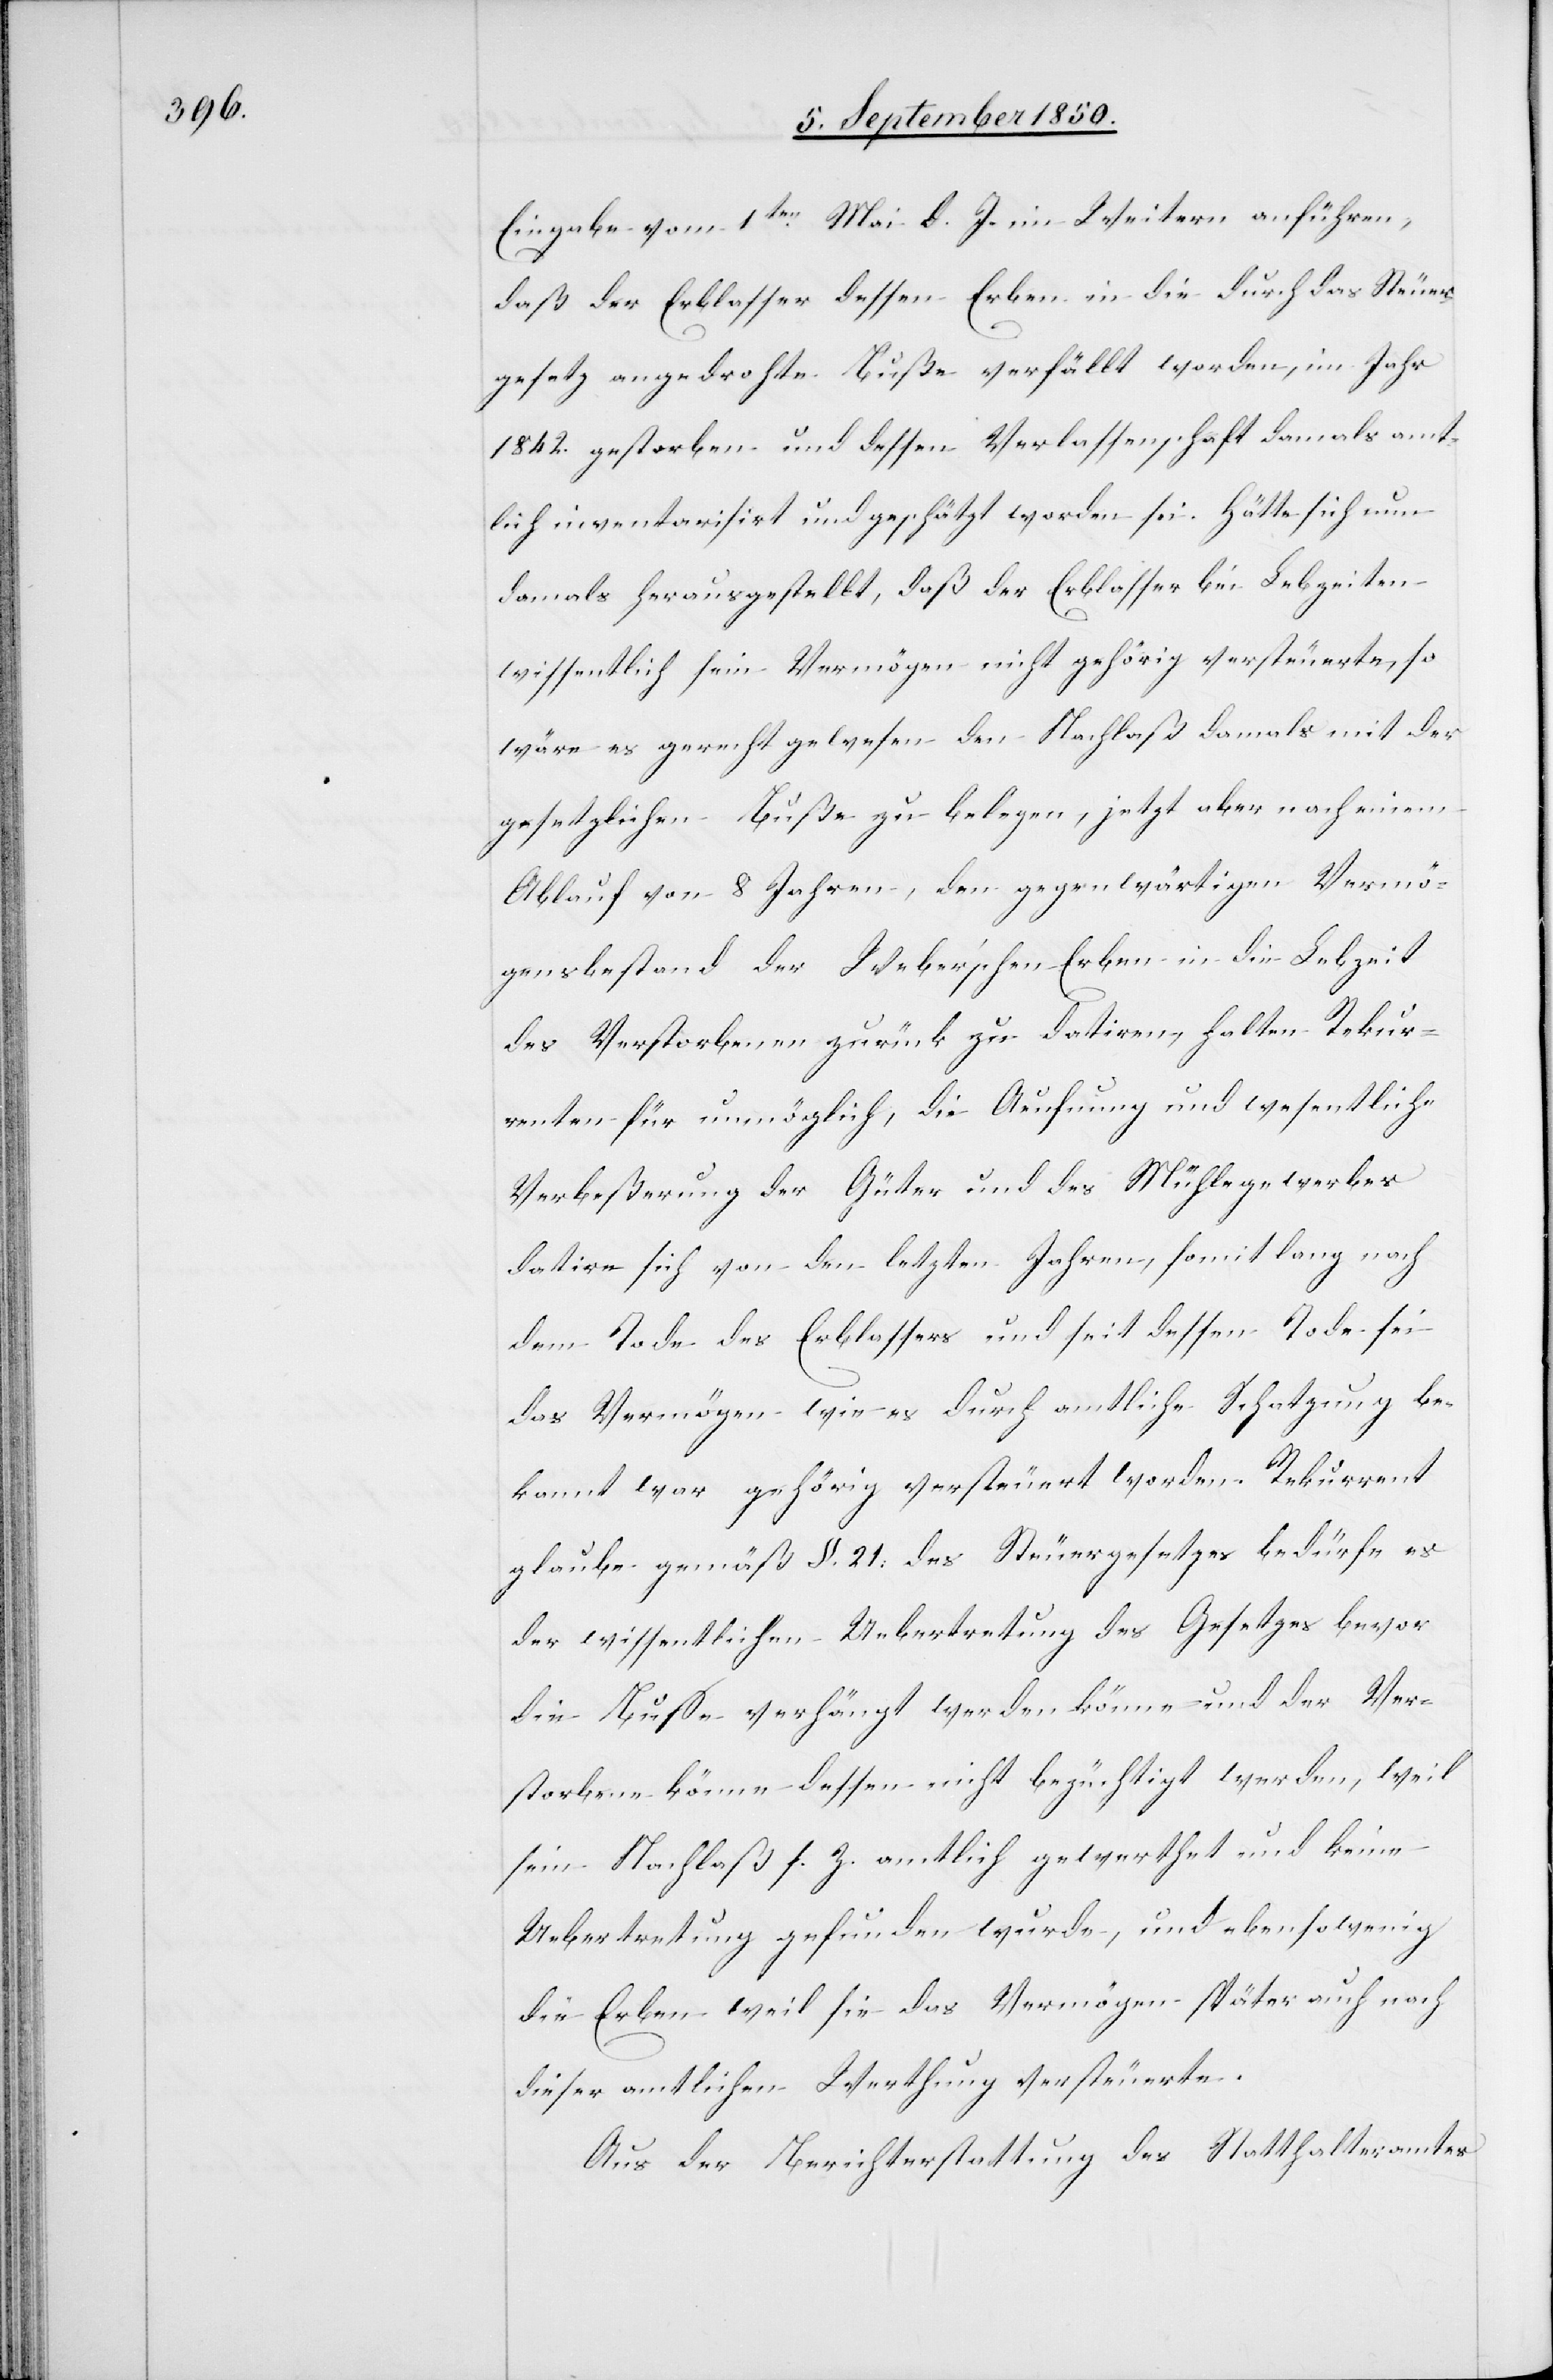
Eingabe vom 1ten Mai d. J. im Weitern anführen,
daß der Erblasser dessen Erben in die durch das Steuer¬
gesetz angedrohte Buße verfällt worden, im Jahr
1842. gestorben und dessen Verlassenschaft damals amt¬
lich inventarisirt und geschätzt worden sei. Hätte sich nun
damals herausgestellt, daß der Erblasser bei Lebzeiten
wissentlich sein Vermögen nicht gehörig versteuerte, so
wäre es gerecht gewesen den Nachlaß damals mit der
gesetzlichen Buße zu belegen, jetzt aber nach einem
Ablauf von 8 Jahren, den gegenwärtigen Vermö¬
gensbestand der Weber’schen Erben in die Lebzeit
des Verstorbenen zurück zu datiren, halten Rekur¬
renten für unmöglich, die Aeufnung und wesentliche
Verbeßerung der Güter und des Mühlegewerbes
datire sich von den letzten Jahren, somit lang nach
dem Tode des Erblassers und seit dessen Tode sei
das Vermögen wie es durch amtliche Schatzung be¬
kannt war gehörig versteuert worden. Rekurrent
glaube gemäß §. 21. des Steuergesetzes bedürfe es
der wissentlichen Uebertretung des Gesetzes bevor
die Busse verhängt werden könne und der Ver¬
storbene könne dessen nicht bezüchtigt werden, weil
sein Nachlaß s. Z. amtlich gewerthet und keine
Uebertretung gefunden wurde, und ebensowenig
die Erben weil sie das Vermögen später auch nach
dieser amtlichen Werthung versteuerte.
Aus der Berichterstattung des Statthalteramtes